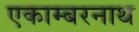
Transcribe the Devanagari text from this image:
एकाम्बरनाथ